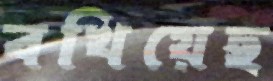
বখিয়েছ